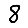
Digit: 8